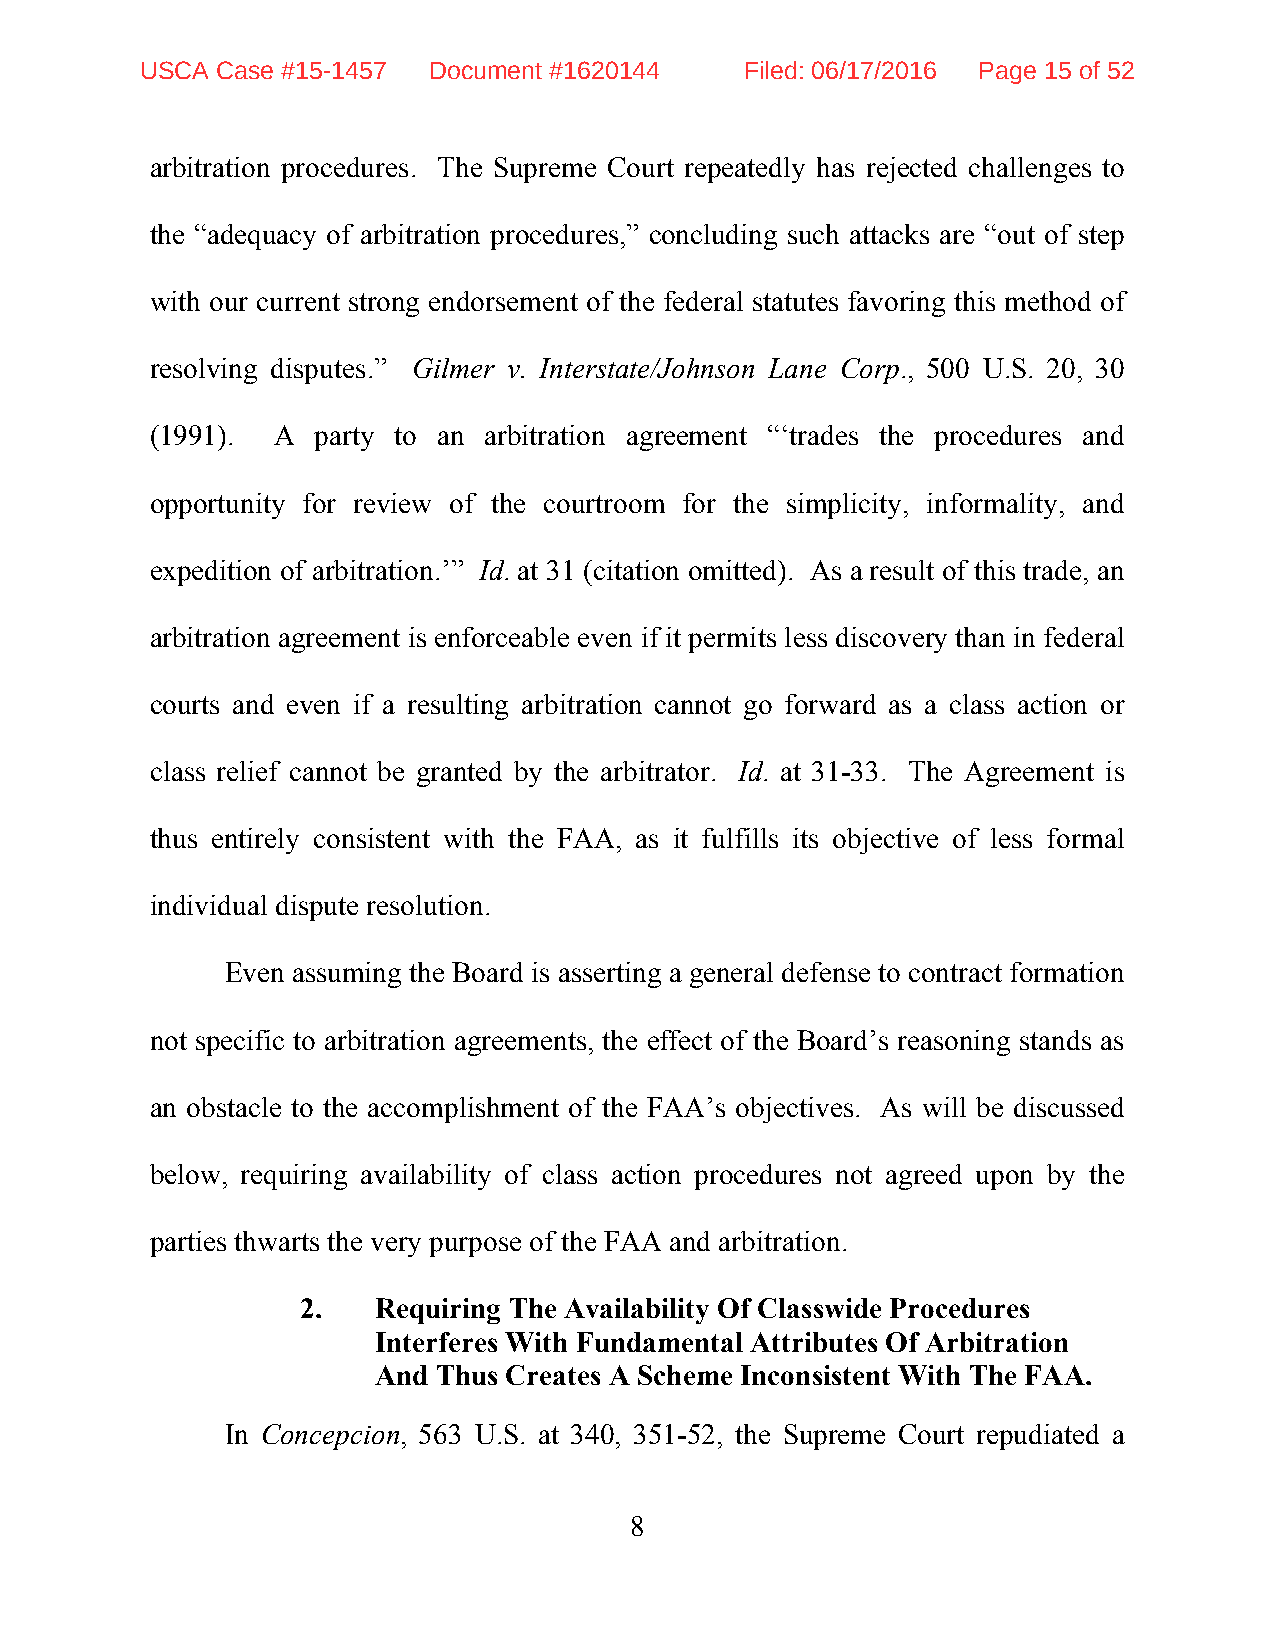
USCA Case #15-1457 Document #1620144    Filed: 06/17/2016 Page 15 of 52
 arbitration procedures. The Supreme Court repeatedly has rejected challenges to
 the “adequacy of arbitration procedures,” concluding such attacks are “out of step
 with our current strong endorsement of the federal statutes favoring this method of
 resolving disputes.” Gilmer v. Interstate/Johnson Lane Corp., 500 U.S. 20, 30
 (1991). A  party to an arbitration agreement “‘trades the procedures and
 opportunity for review of the courtroom for the simplicity, informality, and
 expedition of arbitration.’” Id. at 31 (citation omitted). As a result of this trade, an
 arbitration agreement is enforceable even if it permits less discovery than in federal
 courts and even if a resulting arbitration cannot go forward as a class action or
 class relief cannot be granted by the arbitrator. Id. at 31-33. The Agreement is
 thus entirely consistent with the FAA, as it fulfills its objective of less formal
 individual dispute resolution.
 Even assuming the Board is asserting a general defense to contract formation
 not specific to arbitration agreements, the effect of the Board’s reasoning stands as
 an obstacle to the accomplishment of the FAA’s objectives. As will be discussed
 below, requiring availability of class action procedures not agreed upon by the
 parties thwarts the very purpose of the FAA and arbitration.
 2.   Requiring The Availability Of Classwide Procedures
 Interferes With Fundamental Attributes Of Arbitration
 And Thus Creates A Scheme Inconsistent With The FAA.
 In Concepcion, 563 U.S. at 340, 351-52, the Supreme Court repudiated a
 8